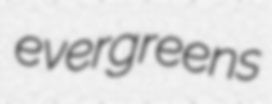
evergreens